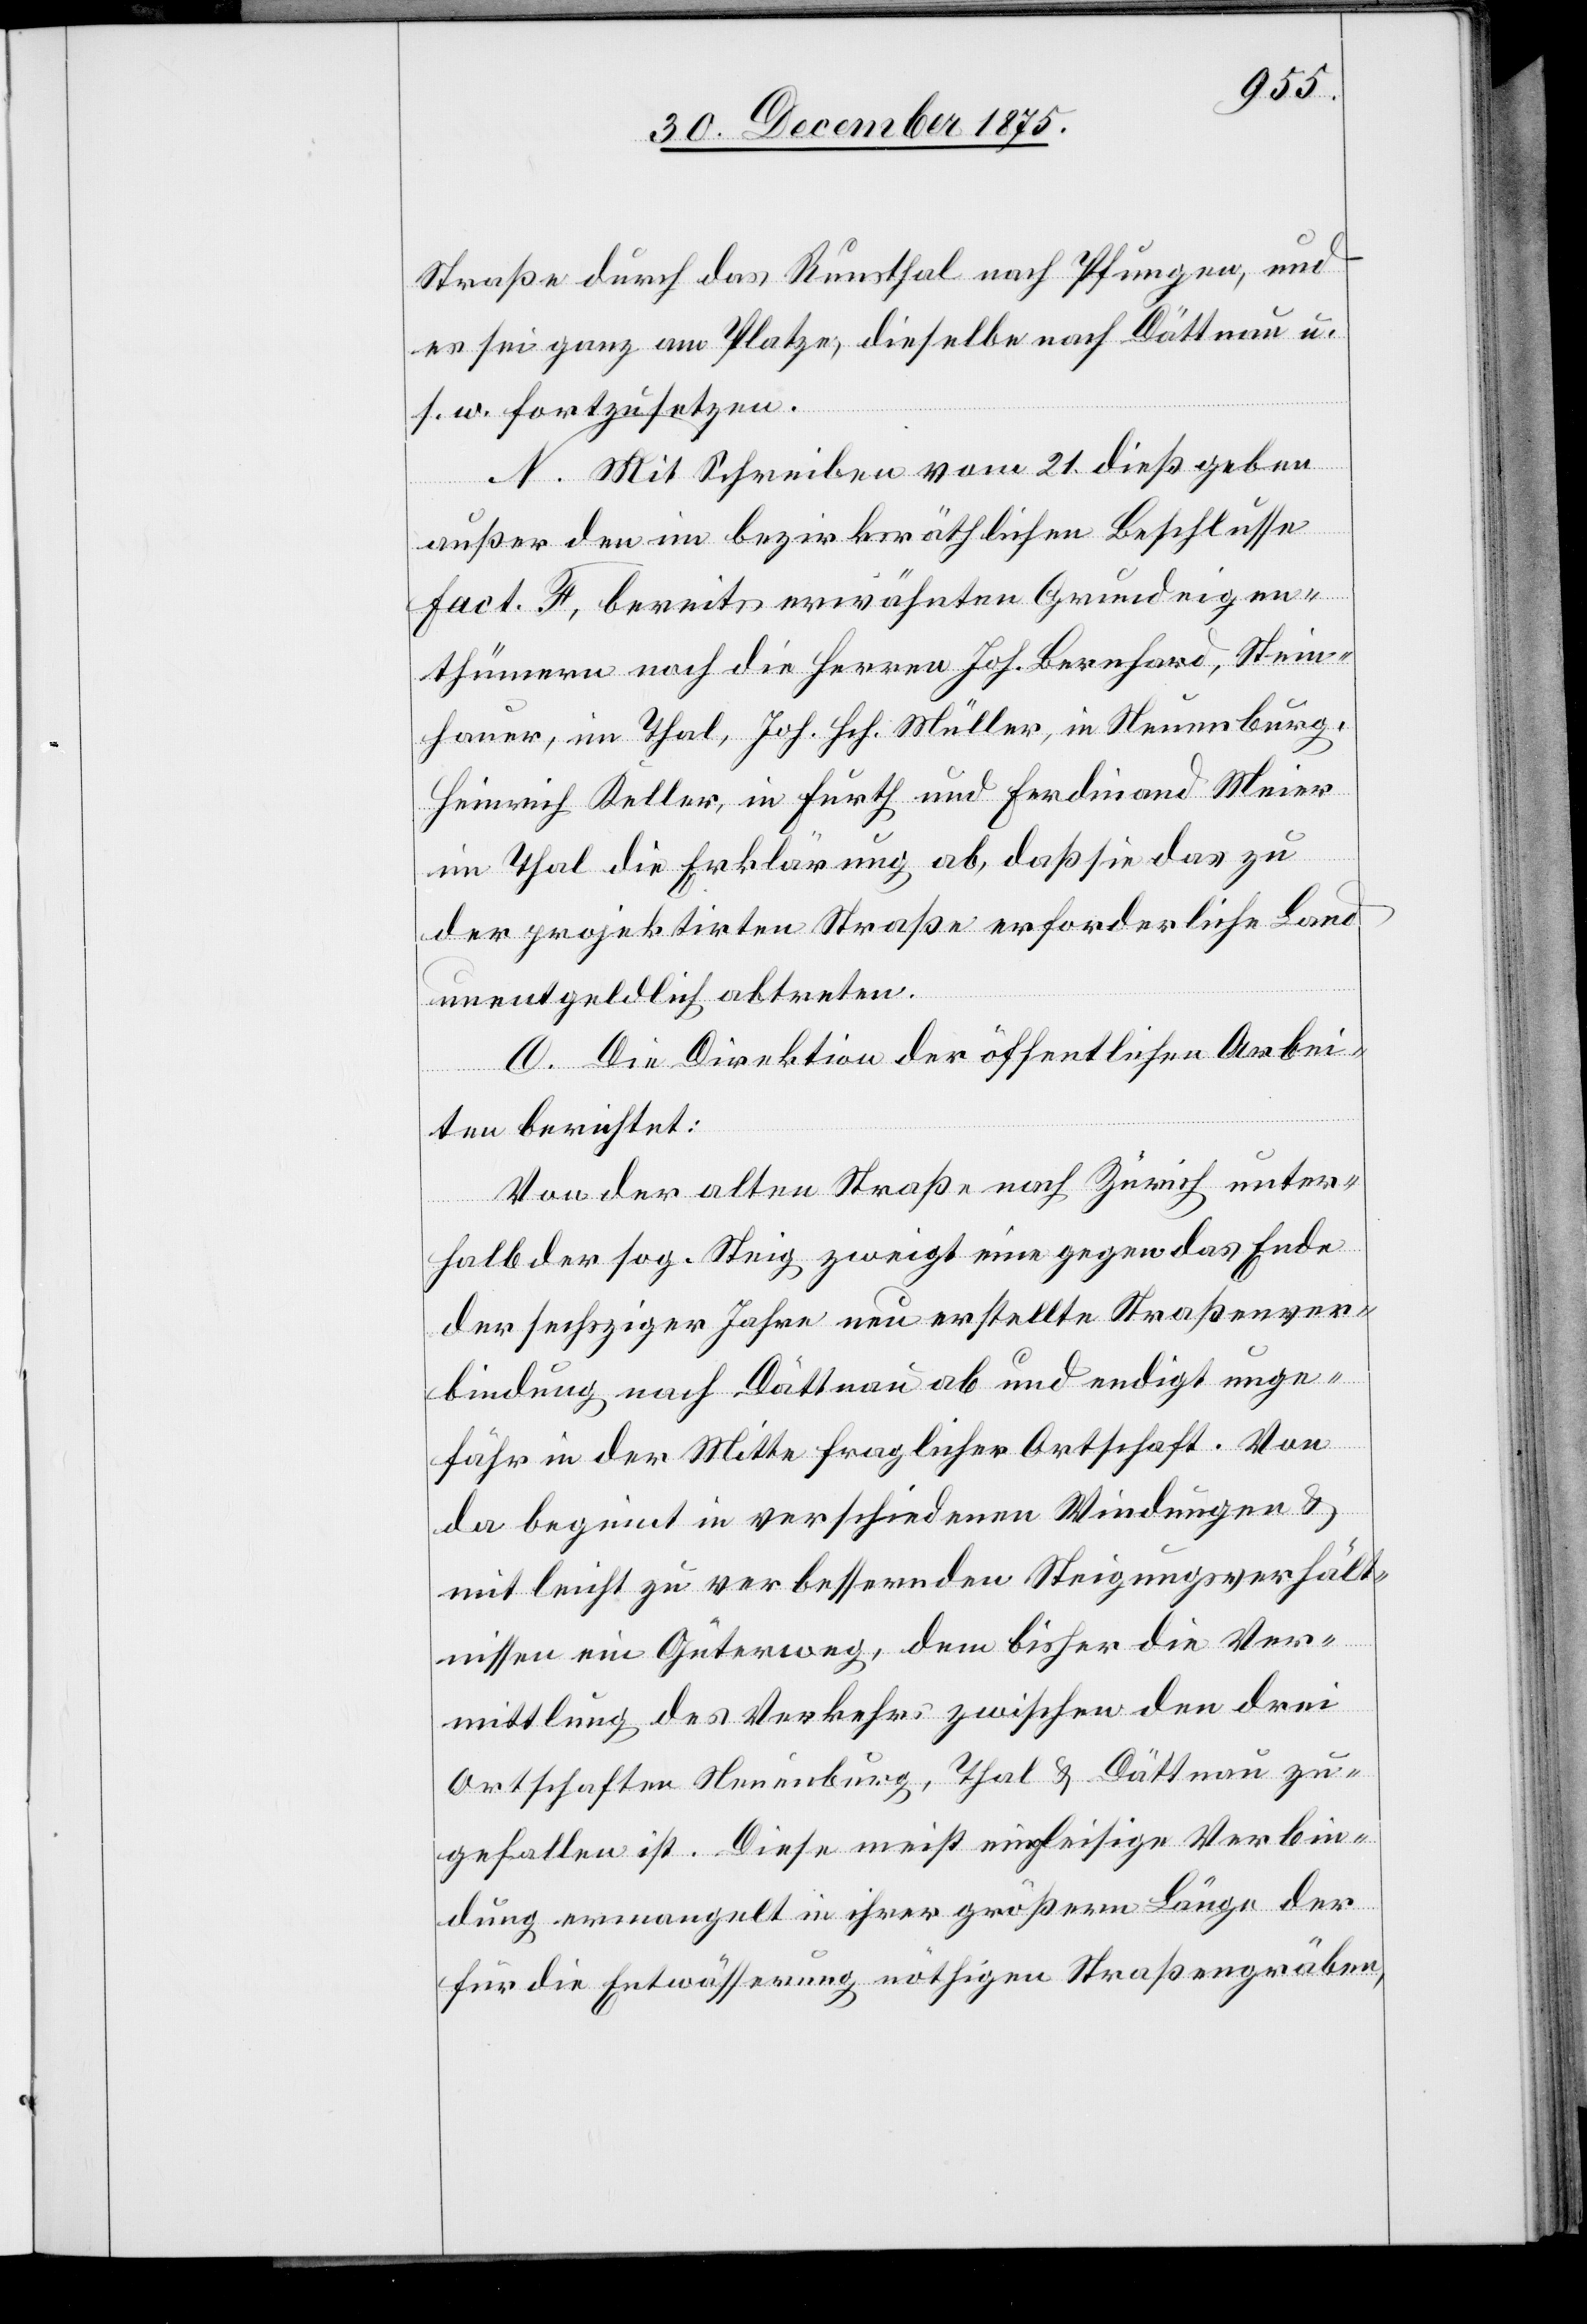
Straße durch das Reusthal nach Pfungen, und
es sei ganz am Platze, dieselbe nach Dättnau u.
s. w. fortzusetzen.
N. Mit Schreiben vom 21. dieß geben
außer den im bezirksräthlichen Beschlusse
Fact. F, bereits erwähnten Grundeingen¬
thümern noch die Herren Joh. Bernhard, Stein¬
hauer, im Thal, Joh. Hch. Müller, in Neuenburg,
Heinrich Keller, in Furth und Ferdinand Meier
im Thal die Erklärung ab, daß sie das zu
der projektirten Straße erforderliche Land
unentgeldlich abtreten.
O. Die Direktion der öffentlichen Arbei¬
ten berichtet:
Von der alten Straße nach Zürich unter¬
halb der sog. Steig zweigt eine gegen das Ende
der sechsziger Jahre neu erstellte Straßenver¬
bindung nach Dättnau ab und endigt unge¬
fähr in der Mitte fraglicher Ortschaft. Von
da beginnt in verschiedenen Windungen &
mit leicht zu verbessernden Steigungsverhält¬
nissen ein Güterweg, dem bisher die Ver¬
mittlung des Verkehrs zwischen den drei
Ortschaften Neuenburg, Thal & Dättnau zu
gefallen ist. Diese meist eingleisige Verbin¬
dung ermangelt in ihrer größern Länge der
für die Entwässerung nöthigen Straßengräben,